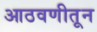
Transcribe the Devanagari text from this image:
आठवणीतून